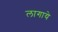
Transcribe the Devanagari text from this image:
लागाये